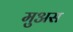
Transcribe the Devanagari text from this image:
मुअस